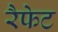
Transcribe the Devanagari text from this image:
रैफेट